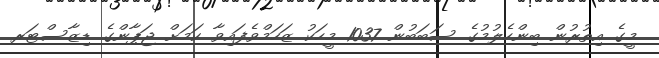
މީގެ އިތުރުން ބިންހެލުމުގެ ސަބަބުން 1037 މީހަކު ޒަހަމްވެފައިވާ ކަމަށް ޖަޕާންގެ ޑިޒާސްޓަރ